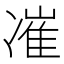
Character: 凗